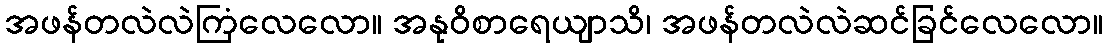
အဖန်တလဲလဲကြံလေလော။ အနုဝိစာရေယျာသိ၊ အဖန်တလဲလဲဆင်ခြင်လေလော။